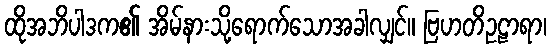
ထိုအဘိပါဒက၏ အိမ်နားသို့ရောက်သောအခါလျှင်။ ဗြဟတိဥဠာရာ၊